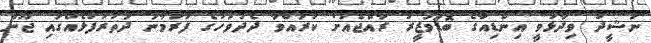
ނަޝީދު ވިދާޅުވީ އިންޑިއާގެ ބޮޑުވަޒީރު ރާއްޖެއަށް ކުރައްވާ ދެދުވަހުގެ ފުރަމާނަ ދަތުރުފުޅެއްގައި ޖޫން